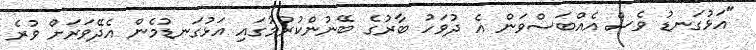
"އަޅުގަނޑު ވެސް އެއްބަސްވަން އެ ދުވަހު ބާރުގެ ބޭނުންކުރުމުގައި އަޅުގަނޑުމެން އެދޭވަރަށް ވުރެ